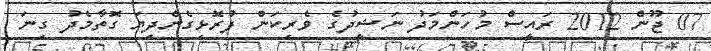
07 ޖޫން 2012 ރައީސް މުހަންމަދު ނަޝީދުގެ ވެރިކަން ފުރޮޅިގެންދިޔަ ގޮތާމެދު ގިނަ